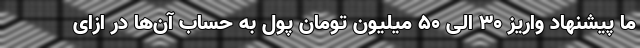
ما پیشنهاد واریز ۳۰ الی ۵۰ میلیون تومان پول به حساب آن‌ها در ازای